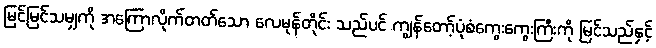
မြင်မြင်သမျှကို အကြောလိုက်တတ်သော လေမုန်တိုင်း သည်ပင် ကျွန်တော့်ပုံစံကွေးကွေးကြီးကို မြင်သည်နှင့်